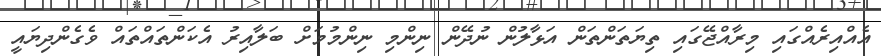
އެއްއިރެއްގައި މިރާއްޖޭގައި ތިޔަތަންތަން އަޅާލުން ނުދޭން ނިންމި ނިންމުމަށް ބަލާއިރު އެކަންތައްތައް ވެގެންދިޔައީ